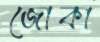
জোকা